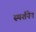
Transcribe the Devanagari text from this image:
स्पर्शनेन